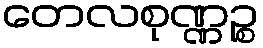
တေလစုဏ္ဏဉ္စ